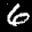
Label: 6